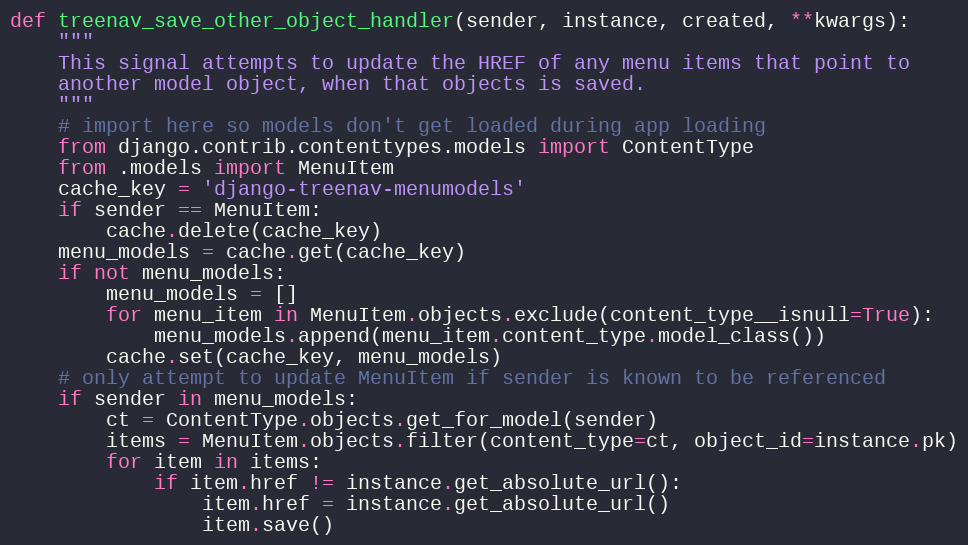
Language: Python
def treenav_save_other_object_handler(sender, instance, created, **kwargs):
    """
    This signal attempts to update the HREF of any menu items that point to
    another model object, when that objects is saved.
    """
    # import here so models don't get loaded during app loading
    from django.contrib.contenttypes.models import ContentType
    from .models import MenuItem
    cache_key = 'django-treenav-menumodels'
    if sender == MenuItem:
        cache.delete(cache_key)
    menu_models = cache.get(cache_key)
    if not menu_models:
        menu_models = []
        for menu_item in MenuItem.objects.exclude(content_type__isnull=True):
            menu_models.append(menu_item.content_type.model_class())
        cache.set(cache_key, menu_models)
    # only attempt to update MenuItem if sender is known to be referenced
    if sender in menu_models:
        ct = ContentType.objects.get_for_model(sender)
        items = MenuItem.objects.filter(content_type=ct, object_id=instance.pk)
        for item in items:
            if item.href != instance.get_absolute_url():
                item.href = instance.get_absolute_url()
                item.save()